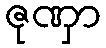
ဇုဏှာ